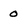
Character: 0